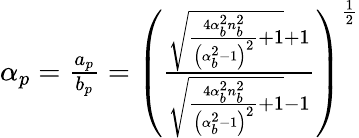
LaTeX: \begin{array}{r}{\alpha_{p}=\frac{a_{p}}{b_{p}}=\left(\frac{\sqrt{\frac{4\alpha_{b}^{2}n_{b}^{2}}{\left(\alpha_{b}^{2}-1\right)^{2}}+1}+1}{\sqrt{\frac{4\alpha_{b}^{2}n_{b}^{2}}{\left(\alpha_{b}^{2}-1\right)^{2}}+1}-1}\right)^{\frac{1}{2}}}\end{array}